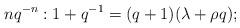
LaTeX: \begin{align*}nq^{-n}: 1+q^{-1}=(q+1)(\lambda+\rho q);\end{align*}